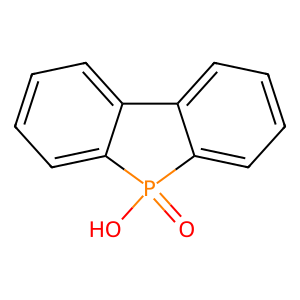
SMILES: O=P1(O)c2ccccc2-c2ccccc21
Inhibits HIV replication: No